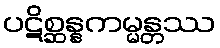
ပဋိစ္ဆန္နကမ္မန္တဿ